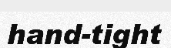
hand-tight